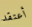
أعتقد